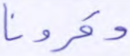
وقرونا